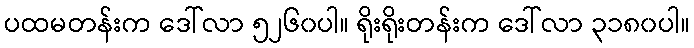
ပထမတန်းက ဒေါ်လာ ၅၂၆၀ပါ။ ရိုးရိုးတန်းက ဒေါ်လာ ၃၁၈၀ပါ။